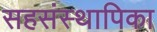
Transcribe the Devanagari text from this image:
सहसंस्थापिका